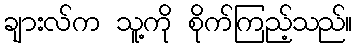
ချားလ်က သူ့ကို စိုက်ကြည့်သည်။